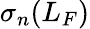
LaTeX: \sigma_{n}(L_{F})